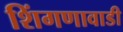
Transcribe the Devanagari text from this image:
शिंगणावाडी